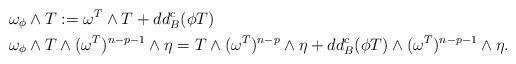
LaTeX: \begin{align*}&\omega_\phi\wedge T:=\omega^T\wedge T+dd^c_B(\phi T)\\&\omega_\phi\wedge T\wedge (\omega^T)^{n-p-1}\wedge \eta= T\wedge (\omega^T)^{n-p}\wedge \eta+dd^c_B(\phi T)\wedge (\omega^T)^{n-p-1}\wedge \eta.\end{align*}